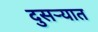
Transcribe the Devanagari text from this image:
दुसर्‍यात